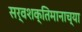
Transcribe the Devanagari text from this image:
सर्वशक्तिमानाच्या